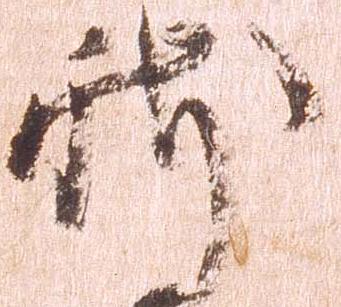
新